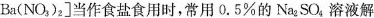
Ba(NO_{3})_{2}]当作食盐食用时，常用0.5%的Na_{2}SO_{4}溶液解